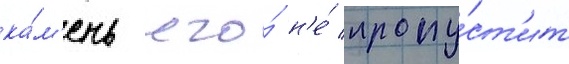
ка́м'ень его́ н'е́ пропу́ст'ит